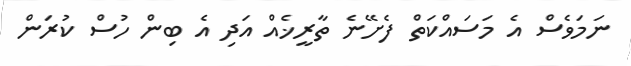
ނަމަވެސް އެ މަސައްކަތް ފެށޭނެ ތާރީޚެއް އަދި އެ ބިން ހުސް ކުރަން